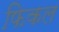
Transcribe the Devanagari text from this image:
फिकल